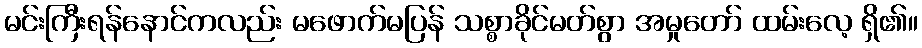
မင်းကြီးရန်နောင်ကလည်း မဖောက်မပြန် သစ္စာခိုင်မတ်စွာ အမှုတော် ထမ်းလေ့ ရှိ၏။